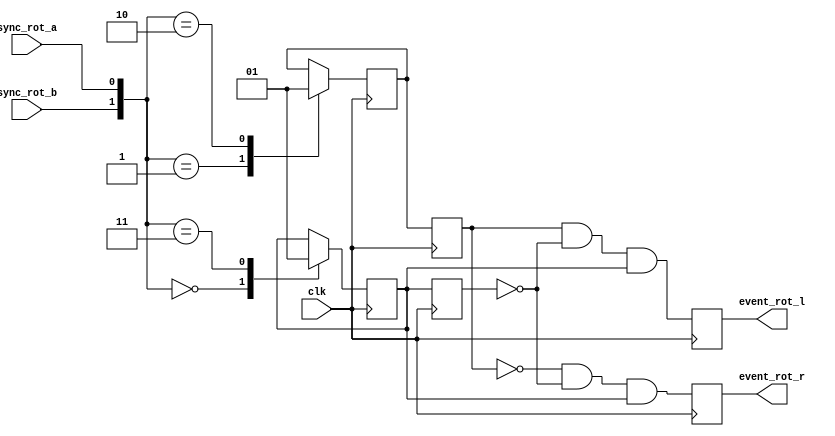
//////////////////////////////////////////////////////////////////////////////
// Copyright (c) 2006 Xilinx, Inc.
// This design is confidential and proprietary of Xilinx, All Rights Reserved.
//////////////////////////////////////////////////////////////////////////////
//   ____  ____
//  /   /\/   /
// /___/  \  /   Vendor:        Xilinx
// \   \   \/    Version:       1.0.0
//  \   \        Filename:      spinner.v
//  /   /        Date Created:  December 25, 2006
// /___/   /\    Last Modified: December 25, 2006
// \   \  /  \
//  \___\/\___\
//
// Devices:   Spartan-3 Generation FPGA
// Purpose:   Rotary knob decoder
// Contact:   crabill@xilinx.com
// Reference: None
//
// Revision History:
//   Rev 1.0.0 - (crabill) First created December 25, 2006.
//
//////////////////////////////////////////////////////////////////////////////
//
// LIMITED WARRANTY AND DISCLAIMER. These designs are provided to you "as is".
// Xilinx and its licensors make and you receive no warranties or conditions,
// express, implied, statutory or otherwise, and Xilinx specifically disclaims
// any implied warranties of merchantability, non-infringement, or fitness for
// a particular purpose. Xilinx does not warrant that the functions contained
// in these designs will meet your requirements, or that the operation of
// these designs will be uninterrupted or error free, or that defects in the
// designs will be corrected. Furthermore, Xilinx does not warrant or make any
// representations regarding use or the results of the use of the designs in
// terms of correctness, accuracy, reliability, or otherwise.
//
// LIMITATION OF LIABILITY. In no event will Xilinx or its licensors be liable
// for any loss of data, lost profits, cost or procurement of substitute goods
// or services, or for any special, incidental, consequential, or indirect
// damages arising from the use or operation of the designs or accompanying
// documentation, however caused and on any theory of liability. This
// limitation will apply even if Xilinx has been advised of the possibility
// of such damage. This limitation shall apply not-withstanding the failure
// of the essential purpose of any limited remedies herein.
//
//////////////////////////////////////////////////////////////////////////////
// Copyright (c) 2006 Xilinx, Inc.
// This design is confidential and proprietary of Xilinx, All Rights Reserved.
//////////////////////////////////////////////////////////////////////////////

`timescale 1 ns / 1 ps

module spinner
  (
  input  wire        sync_rot_a,
  input  wire        sync_rot_b,
  input  wire        clk,
  output reg         event_rot_l,
  output reg         event_rot_r 
  );

  //******************************************************************//
  // Implement rotary knob processing (borrowed from KC/PA design).   //
  //******************************************************************//

  reg                rotary_q1;
  reg                rotary_q2;
  reg                rotary_q1_dly;
  reg                rotary_q2_dly;

  always @(posedge clk)
  begin : filter
    case ({sync_rot_b, sync_rot_a})
      0: rotary_q1 <= 1'b0;
      1: rotary_q2 <= 1'b0;
      2: rotary_q2 <= 1'b1;
      3: rotary_q1 <= 1'b1;
    endcase
    rotary_q1_dly <= rotary_q1;
    rotary_q2_dly <= rotary_q2;
    event_rot_l <=  rotary_q2_dly && !rotary_q1_dly && rotary_q1;
    event_rot_r <= !rotary_q2_dly && !rotary_q1_dly && rotary_q1;
  end

  //******************************************************************//
  //                                                                  //
  //******************************************************************//

endmodule